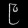
Digit: ၉